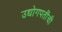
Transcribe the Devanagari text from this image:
उद्योगपतींची